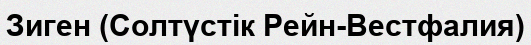
Зиген (Солтүстік Рейн-Вестфалия)